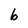
Character: b